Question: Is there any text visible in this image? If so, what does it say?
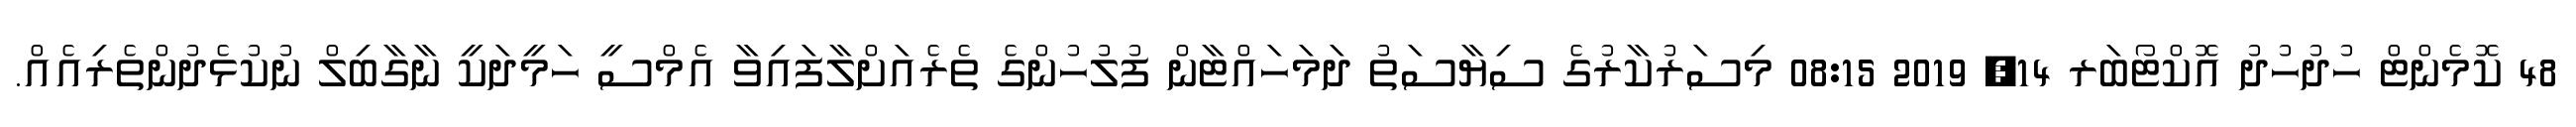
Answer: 48 ކޮމެންޓް ހުދުހުދު އޮކްޓޯބަރ 14, 2019 08:15 މިސަރުކާރުގެ ސިޔާސަތު ދަމަހައްޓާން ފުލުހުންގެ ތެރެއަށްލާފައިވާ އެމްސީ ހަމީދަކީ ނާގާބިލް ނުކުޅެދުންތެރިއެއް.